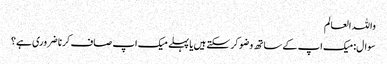
واللہ العالم
سوال:میک اپ کے ساتھ وضو کر سکتے ہیں یا پہلے میک اپ صاف کرنا ضروری ہے؟